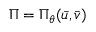
\Pi = \Pi _ { \theta } ( \bar { u } , \bar { v } )